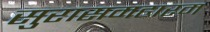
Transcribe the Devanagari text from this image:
सुरासमहारम